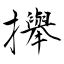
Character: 攑